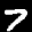
Label: 7